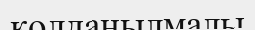
қолданылмалы